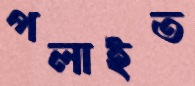
পলাইত